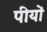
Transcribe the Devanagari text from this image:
पीयों